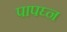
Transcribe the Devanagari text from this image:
पापघ्न